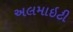
અલમાઇટી